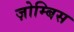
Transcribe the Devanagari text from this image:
ज़ोम्बिस